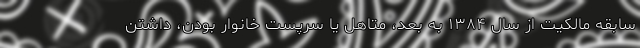
سابقه مالکیت از سال ۱۳۸۴ به بعد، متاهل یا سرپست خانوار بودن، داشتن